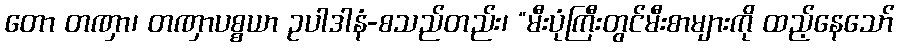
တော တဏှာ၊ တဏှာပစ္စယာ ဥပါဒါနံ-စသည်တည်း၊ “မီးပုံကြီးတွင်မီးစာများကို ထည့်နေသော်